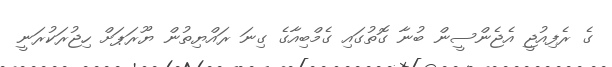
ގެ ރެފިއުޖީ އެޖެންސީން ބުނާ ގޮތުގައި ގެމްބިއާގެ ގިނަ ރައްޔިތުން ޔޫރަޕަށް ހިޖުރަކުރަނީ